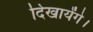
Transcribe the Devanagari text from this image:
दिखायेंगे।